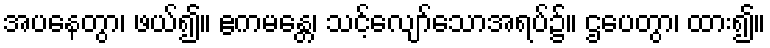
အပနေတွာ၊ ဖယ်၍။ ဧကမန္တေ၊ သင့်လျော်သောအရပ်၌။ ဌပေတွာ၊ ထား၍။